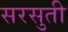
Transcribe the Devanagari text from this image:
सरसुती